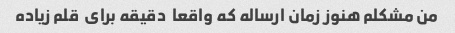
من مشکلم هنوز زمان ارساله که واقعا  دقیقه برای  قلم زیاده